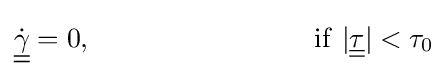
{\underline {\underline {\dot {\gamma }}}}=0,\qquad \qquad \qquad \qquad \mathrm {if} \ |{\underline {\underline {\tau }}}|<\tau _{0}